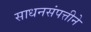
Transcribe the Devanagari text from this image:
साधनसंपत्तीने